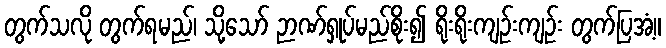
တွက်သလို တွက်ရမည်၊ သို့သော် ဉာဏ်ရှုပ်မည်စိုး၍ ရိုးရိုးကျဉ်းကျဉ်း တွက်ပြအံ့။